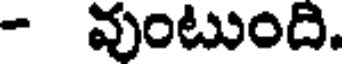
- వుంటుంది.